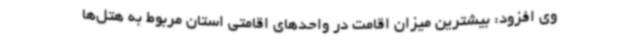
وی افزود: بیشترین میزان اقامت در واحدهای اقامتی استان مربوط به هتل‌ها